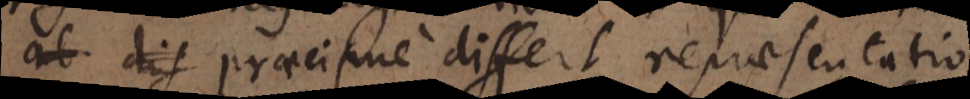
dif praecipue differt repraesentatio,